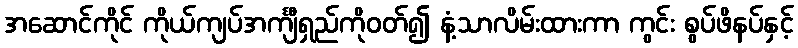
အဆောင်ကိုင် ကိုယ်ကျပ်အင်္ကျီရှည်ကိုဝတ်၍ နံ့သာလိမ်းထားကာ ကွင်း စွပ်ဖိနပ်နှင့်